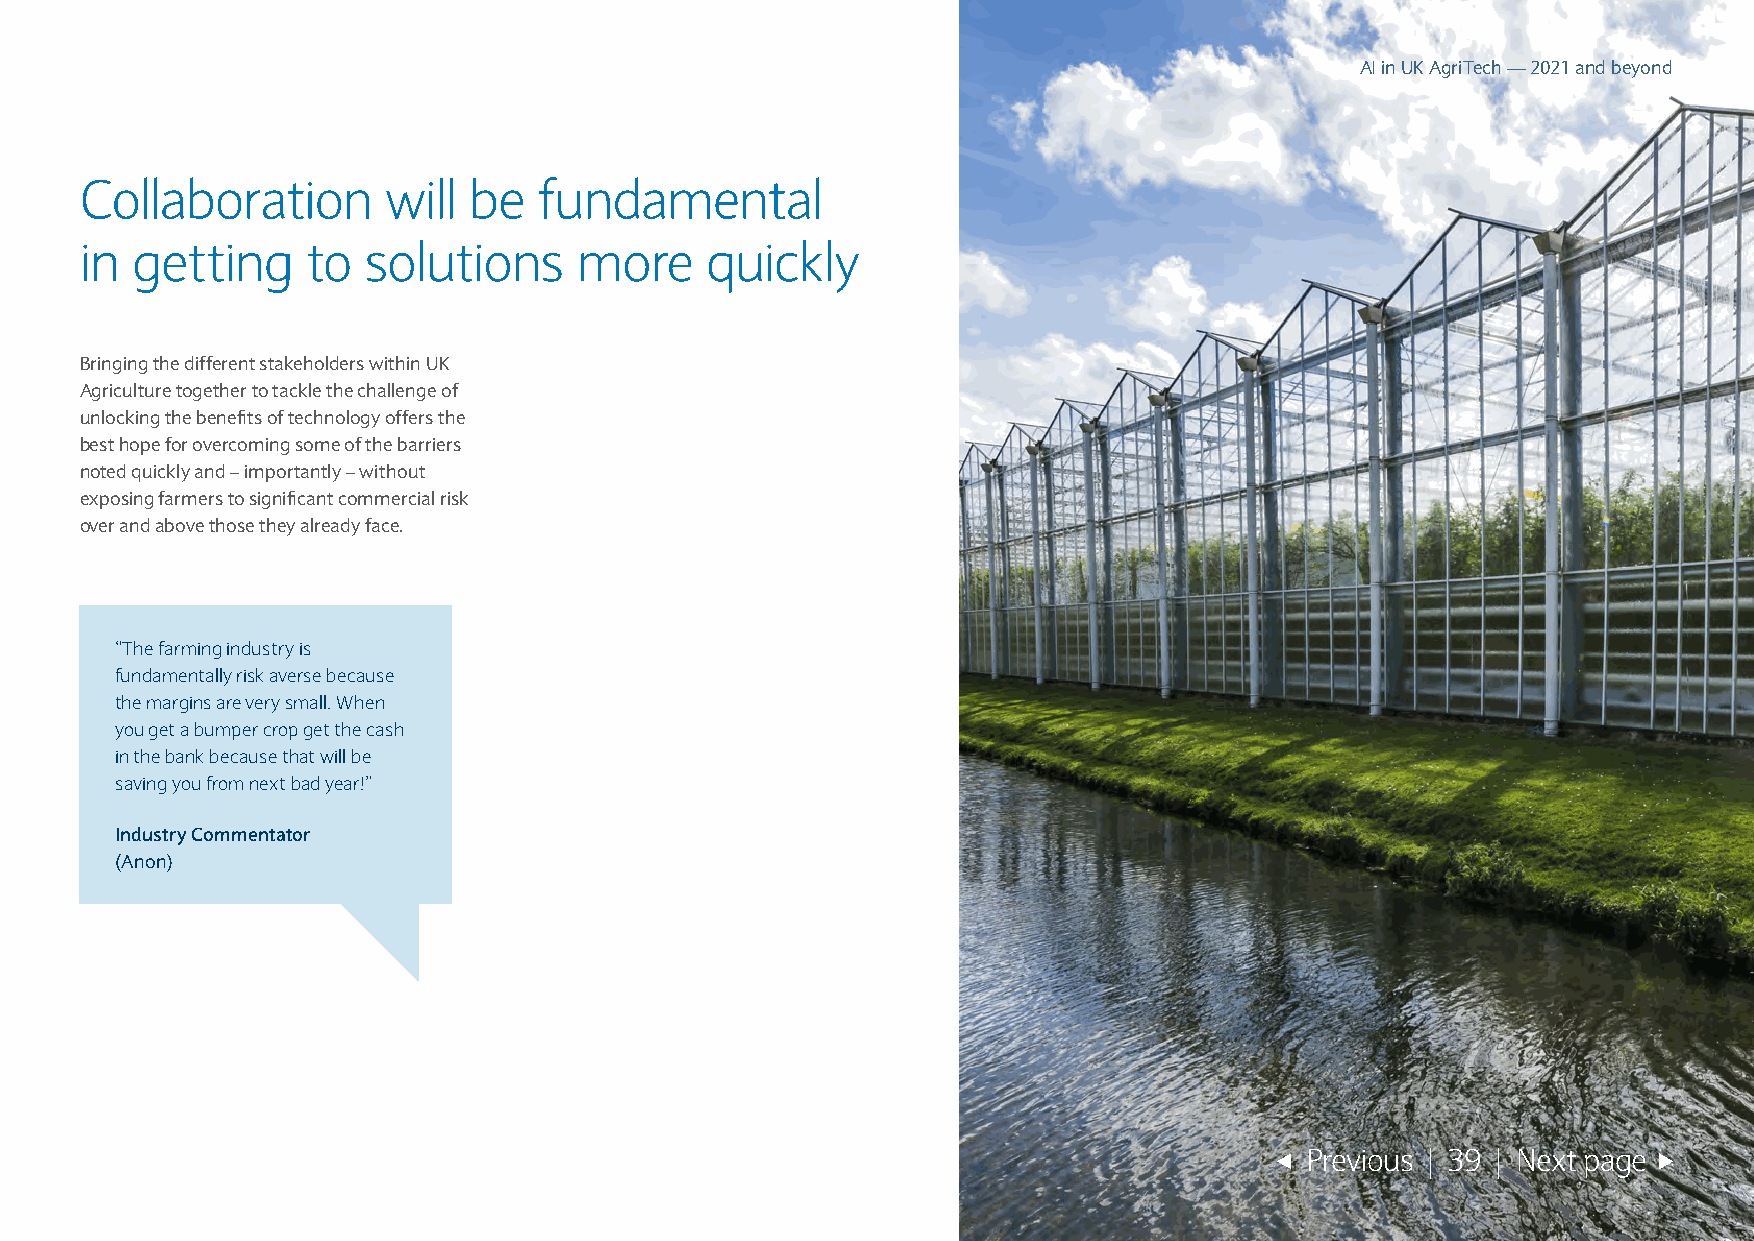
AI in UK AgriTech — 2021 and beyond
 Collaboration       will  be   fundamental
 in  getting    to  solutions     more     quickly
 Bringing the different stakeholders within UK
 Agriculture together to tackle the challenge of
 unlocking the benefits of technology offers the
 best hope for overcoming some of the barriers
 noted quickly and – importantly – without
 exposing farmers to significant commercial risk
 over and above those they already face.
 “The farming industry is
 fundamentally risk averse because
 the margins are very small. When
 you get a bumper crop get the cash
 in the bank because that will be
 saving you from next bad year!”
 Industry Commentator
 (Anon)
 Previous | 39 | Next page